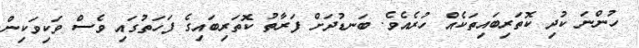
ހުންނަ ކުދި ކޮތަރިބައިތަކެއް ހުރެއެވެ. ބަނޑުދަށް ފަރާތު ކޮތަރިބައިގެ ފަހަތުގައި ވެސް ވަކިވަކިން